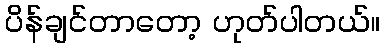
ပိန်ချင်တာတော့ ဟုတ်ပါတယ်။